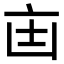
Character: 𫡺